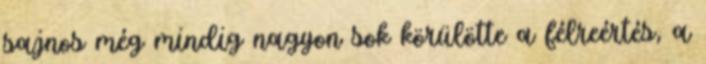
sajnos még mindig nagyon sok körülötte a félreértés, a